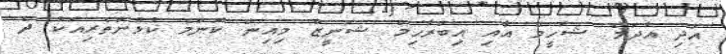
އަދި އާދަމް ޝަހީމް އާއި އިބްރާހިމް ޝަނީޒް މިއިން ކޮންމެ ކުޅުންތެރިއަކު ދެ